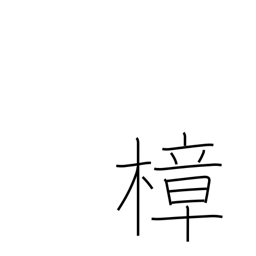
Meaning: camphor